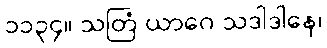
၁၁၃၄။ သတြံ ယာဂေ သဒါဒါနေ၊